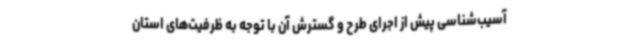
آسیب‌شناسی پیش از اجرای طرح و گسترش آن با توجه به ظرفیت‌های استان